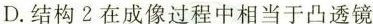
D.结构2在成像过程中相当于凸透镜